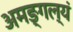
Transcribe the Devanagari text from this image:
अमङ्गल्यं